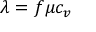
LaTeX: \lambda = f \mu c _ { v }